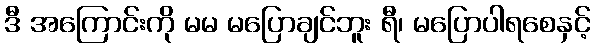
ဒီ အကြောင်းကို မမ မပြောချင်ဘူး ရီ၊ မပြောပါရစေနှင့်